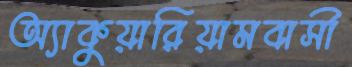
অ্যাকুয়ারিয়ামবাসী